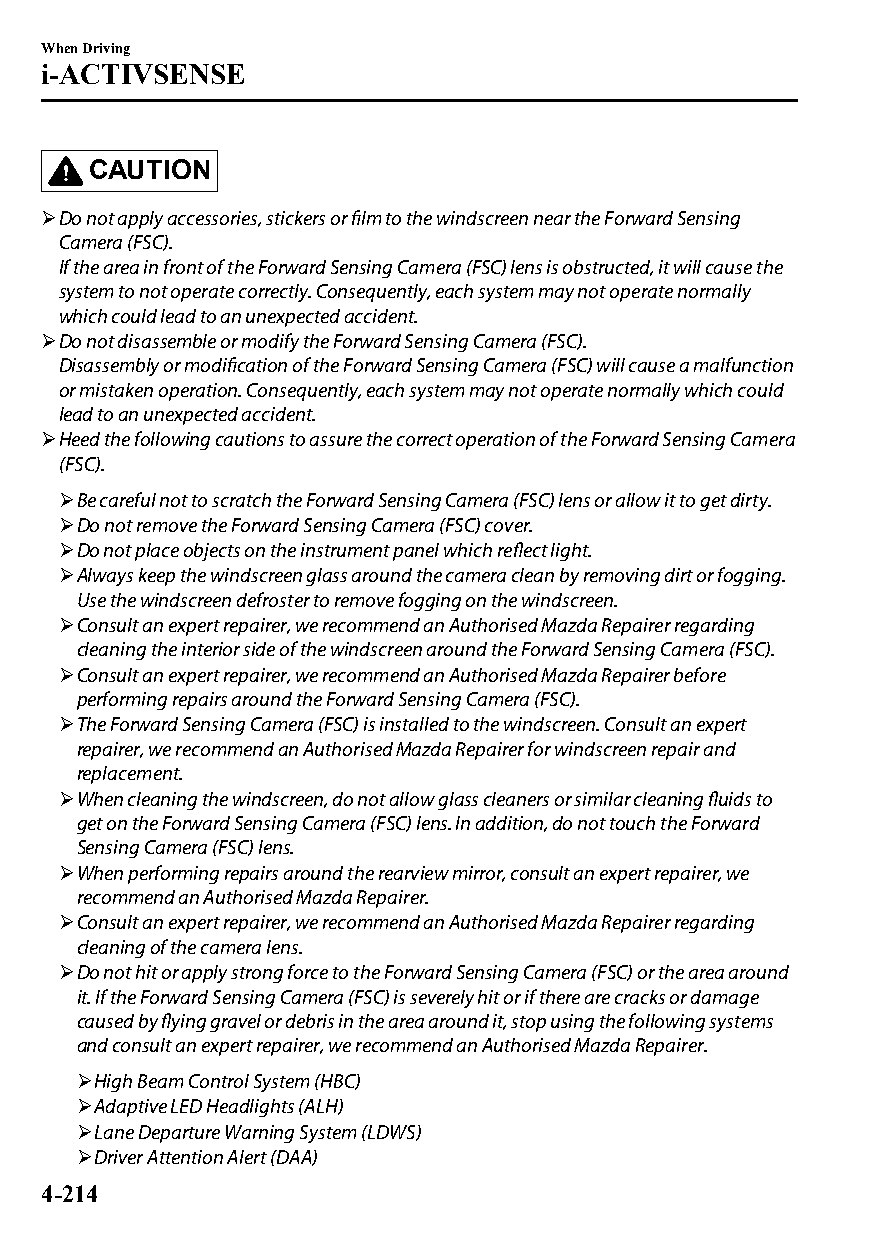
When Driving
 i-ACTIVSENSE
 CAUTION
 Do not apply accessories, stickers or film to the windscreen near the Forward Sensing
 Camera (FSC).
 If the area in front of the Forward Sensing Camera (FSC) lens is obstructed, it will cause the
 system to not operate correctly. Consequently, each system may not operate normally
 which could lead to an unexpected accident.
 Do not disassemble or modify the Forward Sensing Camera (FSC).
 Disassembly or modification of the Forward Sensing Camera (FSC) will cause a malfunction
 or mistaken operation. Consequently, each system may not operate normally which could
 lead to an unexpected accident.
 Heed the following cautions to assure the correct operation of the Forward Sensing Camera
 (FSC).
 Be careful not to scratch the Forward Sensing Camera (FSC) lens or allow it to get dirty.
 Do not remove the Forward Sensing Camera (FSC) cover.
 Do not place objects on the instrument panel which reflect light.
 Always keep the windscreen glass around the camera clean by removing dirt or fogging.
 Use the windscreen defroster to remove fogging on the windscreen.
 Consult an expert repairer, we recommend an Authorised Mazda Repairer regarding
 cleaning the interior side of the windscreen around the Forward Sensing Camera (FSC).
 Consult an expert repairer, we recommend an Authorised Mazda Repairer before
 performing repairs around the Forward Sensing Camera (FSC).
 The Forward Sensing Camera (FSC) is installed to the windscreen. Consult an expert
 repairer, we recommend an Authorised Mazda Repairer for windscreen repair and
 replacement.
 When cleaning the windscreen, do not allow glass cleaners or similar cleaning fluids to
 get on the Forward Sensing Camera (FSC) lens. In addition, do not touch the Forward
 Sensing Camera (FSC) lens.
 When performing repairs around the rearview mirror, consult an expert repairer, we
 recommend an Authorised Mazda Repairer.
 Consult an expert repairer, we recommend an Authorised Mazda Repairer regarding
 cleaning of the camera lens.
 Do not hit or apply strong force to the Forward Sensing Camera (FSC) or the area around
 it. If the Forward Sensing Camera (FSC) is severely hit or if there are cracks or damage
 caused by flying gravel or debris in the area around it, stop using the following systems
 and consult an expert repairer, we recommend an Authorised Mazda Repairer.
 High Beam Control System (HBC)
 Adaptive LED Headlights (ALH)
 Lane Departure Warning System (LDWS)
 Driver Attention Alert (DAA)
 4-214
 CX-3_8GT4-EE-18D_Edition4                  2018-9-6 18:32:19